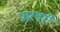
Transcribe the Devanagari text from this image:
फ्ररवरी